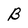
Character: B